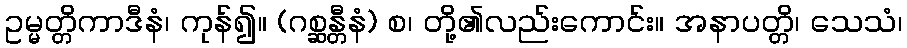
ဥမ္မတ္တိကာဒီနံ၊ ကုန်၍။ (ဂစ္ဆန္တီနံ) စ၊ တို့၏လည်းကောင်း။ အနာပတ္တိ၊ သေသံ၊